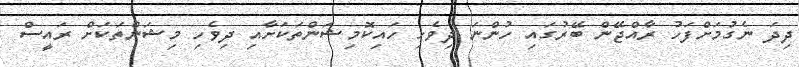
ދިދަ ނެގުމަށްފަހު ރާއްޖޭން ބޭރުގައި ހުންނަ ދިވެހި ހައިކޮމިޝަންތަކަށާއި ދިވެހި މިޝަންތަކަށް ރައީސް